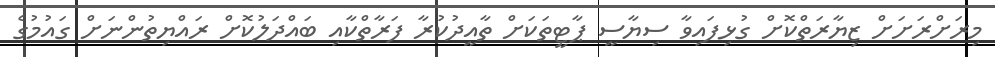
މިރަށްރަށަށް ޒިޔާރަތްކޮށް ގުޅިފައިވާ ސިޔާސީ ޕާޓީތަކަށް ތާއީދުކުރާ ފަރާތްކާއި ބައްދަލުކޮށް ރައްޔިތުންނަށް ގައުމުގެ